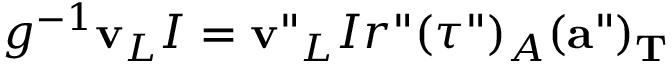
g ^ { - 1 } { \bf v } _ { L } I = { \bf v } " _ { L } I r " ( \tau " ) _ { A } ( { \bf a } " ) _ { \bf T }